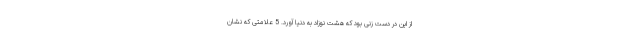
از این در دست زنی بود که هشت نوزاد به دنیا آورد. 5 علامتی که نشان